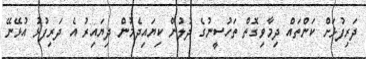
ދަރިފުޅަށް ކަންތައް ދިމާވިގޮތް ތަހުސީނުގެ ދުލުން ކިޔައިދެމުން ދިޔައިރު އެ ދަރިފުޅު އުޅޭނޭ